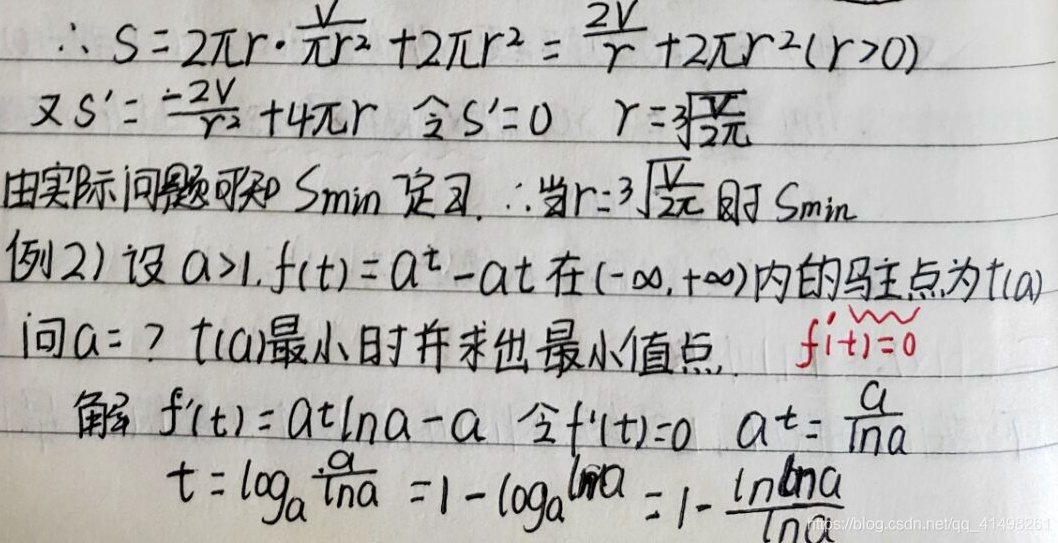
\[\begin{align*}
&\therefore S = 2\pi r\cdot\frac{V}{\pi r^{2}}+ 2\pi r^{2}=\frac{2V}{r}+2\pi r^{2}(r > 0)\\
\end{align*}\]
又 \(S'=-\frac{2V}{r^{2}} + 4\pi r\)，令 \(S' = 0\)，则 \(r=\sqrt[3]{\frac{V}{2\pi}}\)。
由实际问题可知 \(S_{\min}\) 存在，\(\therefore\)当 \(r = \sqrt[3]{\frac{V}{2\pi}}\) 时 \(S_{\min}\)。

例2）设 \(a>1\)，\(f(t)=a^{t}-at\) 在 \((-\infty,+\infty)\) 内的驻点为 \(t(a)\)。
问 \(a =?\) \(t(a)\) 最小时并求出最小值点，\(f'(t)=0\)。
解：\(f'(t)=a^{t}\ln a - a\)，令 \(f'(t)=0\)，则 \(a^{t}=\frac{a}{\ln a}\)，
\(t=\log_{a}\frac{a}{\ln a}=1-\log_{a}(\ln a)=1 - \frac{\ln(\ln a)}{\ln a}\)。